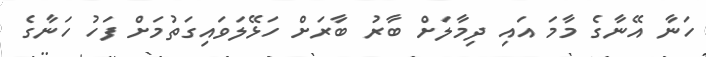
ހަނާ އޭނާގެ މާމަ އައި ދިމާލަށް ބާރު ބާރަށް ހަޅޭލަވައިގަތުމަށް ފަހު ހަނާގެ